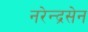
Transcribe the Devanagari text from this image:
नरेन्द्रसेन